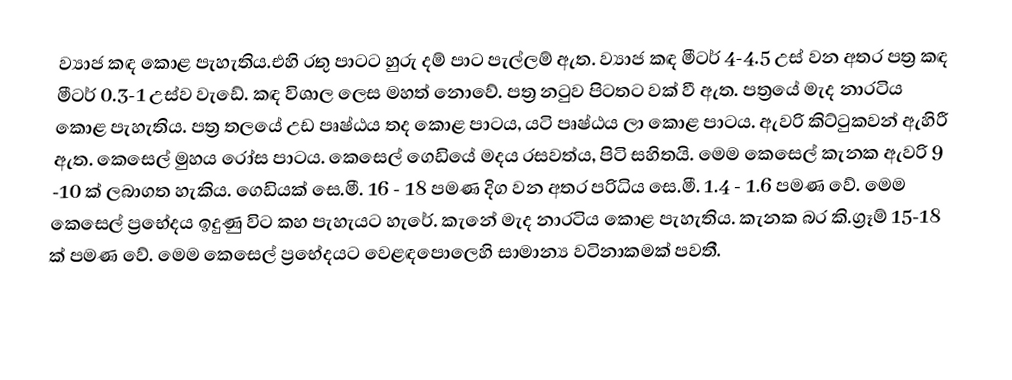
ව්‍යාජ කඳ කොළ පැහැතිය‍.එහි රතු පාටට හුරු දම් පාට පැල්ලම් ඇත. ව්‍යාජ කඳ මීටර් 4-4.5 උස් වන අතර පත්‍ර කඳ මීටර් 0.3-1 උස්ව වැඩේ. කඳ විශාල ලෙස මහත් නොවේ. පත්‍ර නටුව පිටතට වක් වී ඇත. පත්‍රයේ මැද නාරටිය කොළ පැහැතිය‍. පත්‍ර තලයේ උඩ පෘෂ්ඨය තද කොළ පාටය, යටි පෘෂ්ඨය ලා කොළ පාටය. ඇවරි කිට්ටුකවන් ඇහිරී ඇත. කෙසෙල් මුහය රෝස පාටය. ‌කෙසෙල් ‌ගෙඩියේ මදය රසවත්ය, පිටි සහිතයි. මෙම කෙසෙල් කැනක ඇවරි 9 -10 ක් ලබාගත හැකිය. ගෙඩියක් සෙ.මී. 16 - 18 පමණ දිග වන අතර පරිධිය සෙ.මී. 1.4 - 1.6 පමණ වේ. මෙම කෙසෙල් ප්‍රභේදය ඉදුණු විට කහ පැහැයට හැරේ. කැනේ මැද නාරටිය කොළ පැහැතිය‍. කැනක බර කි.ග්‍රෑම් 15-18 ක් පමණ වේ. මෙම කෙසෙල් ප්‍රභේදයට වෙළඳපොලෙහි සාමාන්‍ය වටිනාකමක් පවතී.